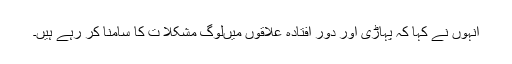
انہوں نے کہا کہ پہاڑی اور دور افتادہ علاقوں میںلوگ مشکلا ت کا سامنا کر رہے ہیں۔